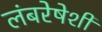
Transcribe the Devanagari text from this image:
लंबरेषेशी